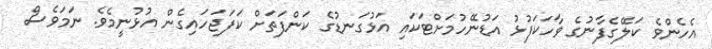
އެހެންވެ ކަލޭގެފާނުގެ ވާހަކަފުޅު އަޑުނޭހުމަށްޓަކައި އަޅުގަނޑުގެ ކަންފަތަށް ކަފަޖަހައިގެން އުޅުނީމެވެ. ނަމަވެސް